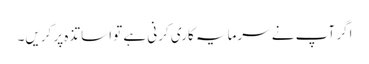
اگر آپ نے سرمایہ کاری کرنی ہے تو اساتذہ پر کریں۔